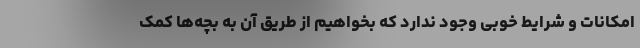
امکانات و شرایط خوبی وجود ندارد که بخواهیم از طریق آن به بچه‌ها کمک